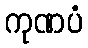
ကုဏပံ